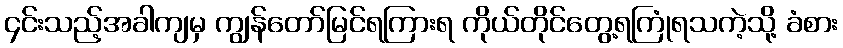
၄င်းသည့်အခါကျမှ ကျွန်တော်မြင်ရကြားရ ကိုယ်တိုင်တွေ့ရကြုံရသကဲ့သို့ ခံစား